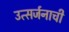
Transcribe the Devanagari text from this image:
उत्सर्जनाची